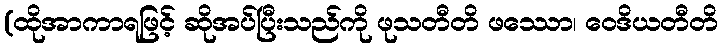
(ထိုအာကာရဖြင့် ဆိုအပ်ပြီးသည်ကို ဖုသတီတိ ဖဿော၊ ဝေဒိယတီတိ